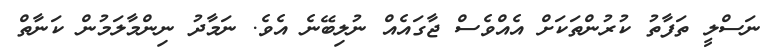
ނަސްލީ ތަފާތު ކުރުންތަކަށް އެއްވެސް ޖާގައެއް ނުލިބޭނެ އެވެ. ނަމާދު ނިންމާލަމުން ކަނާތް